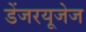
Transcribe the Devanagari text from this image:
डेंजरयूजेज